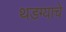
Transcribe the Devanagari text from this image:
थडग्याचे